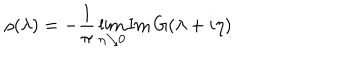
LaTeX: \rho ( \lambda ) = - \frac { 1 } { \pi } \lim _ { \eta \searrow 0 } \mathrm { I m } \, G ( \lambda + i \eta )